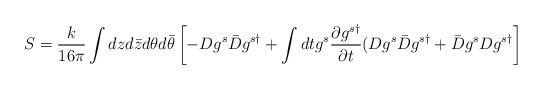
LaTeX: \begin{align*}S = \frac{k}{16\pi}\int dz d\bar{z} d\theta d\bar{\theta}\left[ -Dg^s\bar{D}g^{s\dagger} + \int dt g^s\frac{\partial g^{s\dagger}}{\partial t}(Dg^s\bar{D}g^{s\dagger}+ \bar{D}g^sDg^{s\dagger} \right]\end{align*}